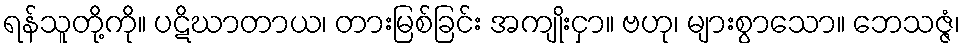
ရန်သူတို့ကို။ ပဋိဃာတာယ၊ တားမြစ်ခြင်း အကျိုးငှာ။ ဗဟု၊ များစွာသော။ ဘေသဇ္ဇံ၊